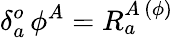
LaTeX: \delta_{a}^{o}\, \phi^{A}=R_{a}^{A\, (\phi)}